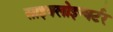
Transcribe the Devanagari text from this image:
साइक्लोइन्वर्टर